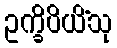
ဥက္ခိပိယိံသု